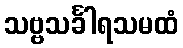
သဗ္ဗသင်္ခါရသမထံ